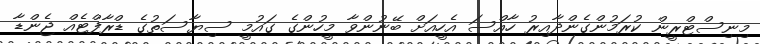
މިނިސްޓްރީން ކުރަމުންގެންދާއިރު ހާއްސަ އެހީއަށް ބޭނުންވާ މީހުންގެ ގައުމީ ސިޔާސަތުގެ ޑްރާފްޓެއް ޖެންޑާ